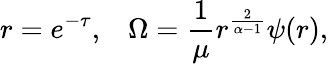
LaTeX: r=e^{-\tau},\; \; \; \Omega={\frac{1}{\mu}}r^{\frac{2}{\alpha-1}}\psi(r),